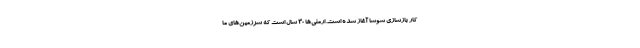
کار بازسازی شوشا آغاز شده است. ارمنی‌ها ۳۰ سال است که سرزمین‌های ما